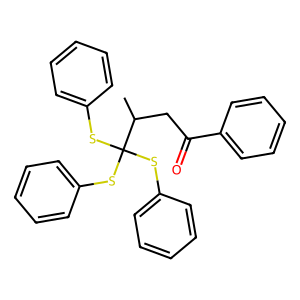
SMILES: CC(CC(=O)c1ccccc1)C(Sc1ccccc1)(Sc1ccccc1)Sc1ccccc1
Inhibits HIV replication: No